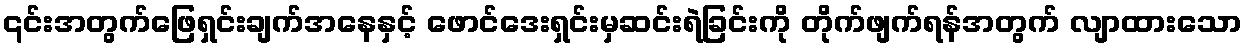
၎င်းအတွက်ဖြေရှင်းချက်အနေနှင့် ဖောင်ဒေးရှင်းမှဆင်းရဲခြင်းကို တိုက်ဖျက်ရန်အတွက် လျာထားသော